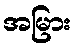
အမြား